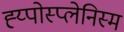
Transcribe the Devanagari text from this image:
ह्य्पोस्प्लेनिस्म